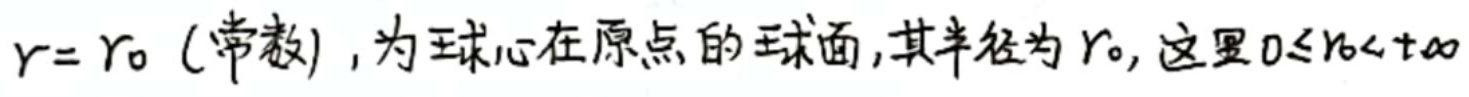
$r = r_0 \ ($常数), 为球心在原点的球面, 其半径为$ r_0, $这里$ 0\leq r_0< +\infty$